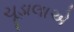
ચૂડાલાએ